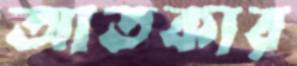
আতকার